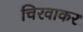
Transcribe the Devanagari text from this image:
चिरवाकर